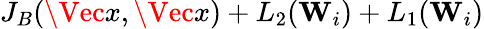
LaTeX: J_{B}(\Vec{x},\Vec{x})+L_{2}(\mathbf{W}_{i})+L_{1}(\mathbf{W}_{i})